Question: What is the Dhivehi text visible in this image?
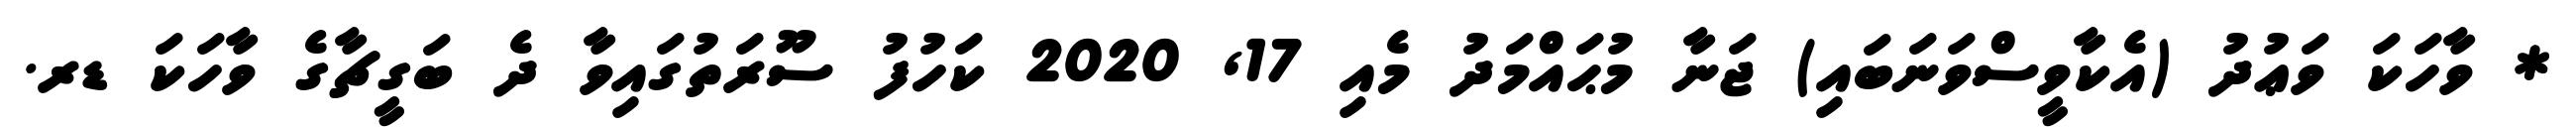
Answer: * ވާހަކަ ވަޢުދު (އެކާވީސްވަނަބައި) ޖަނާ މުޙައްމަދު މެއި 17, 2020 ކަހުފު ސޫރަތުގައިވާ ދެ ބަގީޗާގެ ވާހަކަ ޑރ.